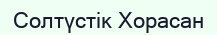
Солтүстік Хорасан